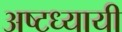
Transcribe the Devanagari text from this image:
अष्टध्यायी